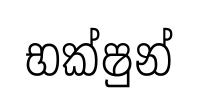
භක්ෂුන්